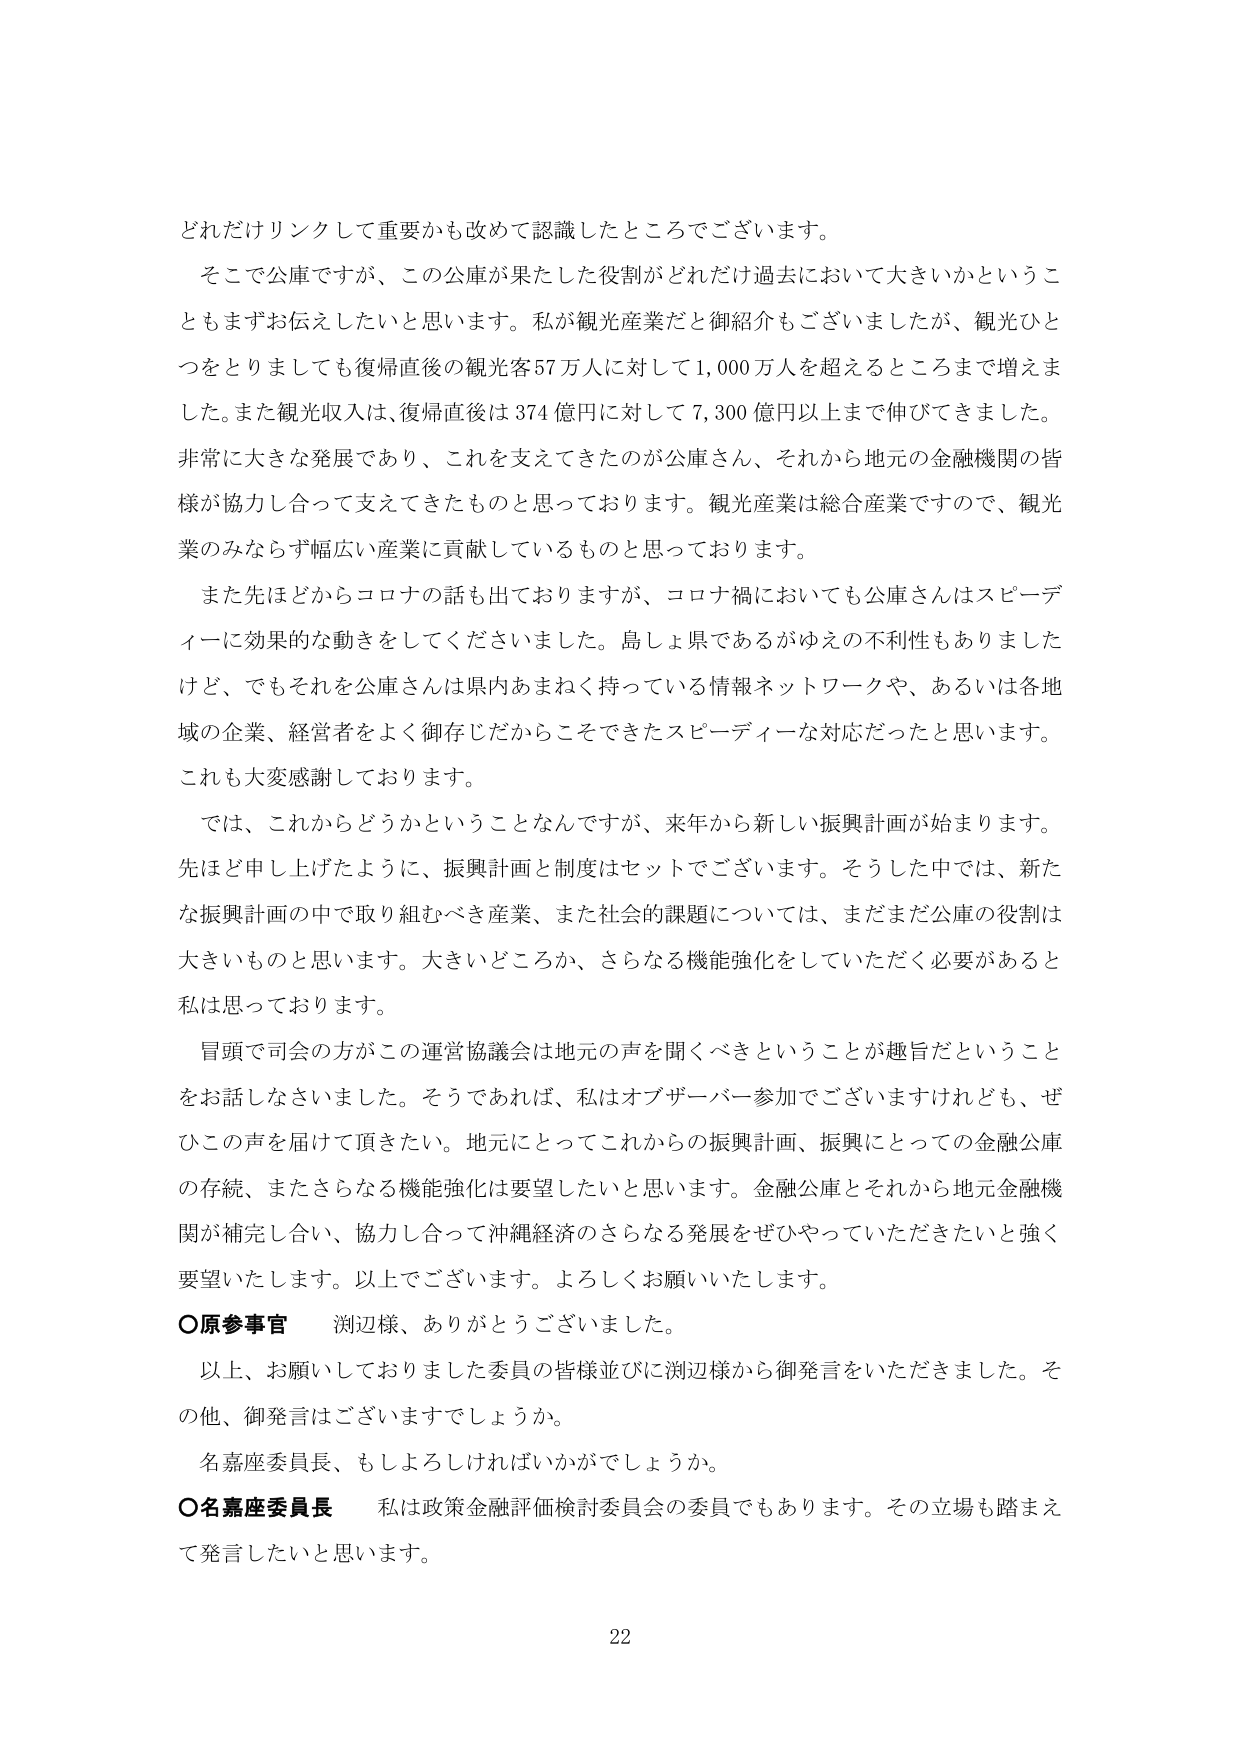
どれだけリンクして重要かも改めて認識したところでございます。

そこで公庫ですが、この公庫が果たした役割がどれだけ過去において大きいかということもまずお伝えしたいと思います。私が観光産業だと御紹介もございましたが、観光ひとつをとりましても復帰直後の観光客57万人に対して1,000万人を超えるところまで増えました。また観光収入は、復帰直後は374億円に対して7,300億円以上まで伸びてきました。非常に大きな発展であり、これを支えてきたのが公庫さん、それから地元の金融機関の皆様が協力し合って支えてきたものと思っております。観光産業は総合産業ですので、観光業のみならず幅広い産業に貢献しているものと思っております。

また先ほどからコロナの話も出ておりますが、コロナ禍においても公庫さんはスピーディーに効果的な動きをしてくださいました。島しょ県であるがゆえの不利性もありましたけど、でもそれを公庫さんは県内あまねく持っている情報ネットワークや、あるいは各地域の企業、経営者をよく御存じだからこそできたスピーディーな対応だったと思います。これも大変感謝しております。

では、これからどうかということなんですが、来年から新しい振興計画が始まります。先ほど申し上げたように、振興計画と制度はセットでございます。そうした中では、新たな振興計画の中で取り組むべき産業、また社会的課題については、まだまだ公庫の役割は大きいものと思います。大きいどころか、さらなる機能強化をしていただく必要があると私は思っております。

冒頭で司会の方がこの運営協議会は地元の声を聞くべきということが趣旨だということをお話しさせていただきました。そうであれば、私はオブザーバー参加でございますけれども、ぜひこの声を届けて頂きたい。地元にとってこれからの振興計画、振興にとっての金融公庫の存続、またさらなる機能強化は要望したいと思います。金融公庫とそれから地元金融機関が補完し合い、協力し合って沖縄経済のさらなる発展をぜひやっていただきたいと強く要望いたします。以上でございます。よろしくお願いいたします。

○原参事官 渕辺様、ありがとうございました。

以上、お願いしておりました委員の皆様並びに渕辺様から御発言をいただきました。その他、御発言はございますでしょうか。

名嘉座委員長、もしよろしければいかがでしょうか。

○名嘉座委員長 私は政策金融評価検討委員会の委員でもあります。その立場も踏まえて発言したいと思います。

22